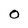
Character: O